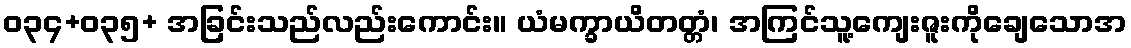
ဝ၃၄+၀၃၅+ အခြင်းသည်လည်းကောင်း။ ယံမက္ခာယိတတ္တံ၊ အကြင်သူ့ကျေးဇူးကိုချေသောအ